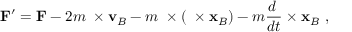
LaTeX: \mathbf { F } ^ { \prime } = \mathbf { F } - 2 m \mathbf { \Omega } \times \mathbf { v } _ { B } - m \mathbf { \Omega } \times ( \mathbf { \Omega } \times \mathbf { x } _ { B } ) - m { \frac { d \mathbf { \Omega } } { d t } } \times \mathbf { x } _ { B } \ ,